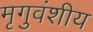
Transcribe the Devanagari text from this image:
मृगुवंशीय